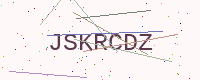
Text: JSKRCDZ